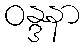
ဝန္ဒနာ